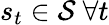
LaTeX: s_{t}\in\mathcal S\ \forall t